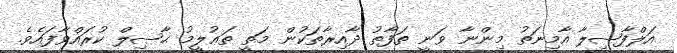
އަލްފާޟިލާ އާމިނަތު މިންނާ ވަނީ ތަފާތު ދާއިރާތަކުން މަތީ ތަޢުލީމު ޙާޞިލް ކުރައްވާފައެވެ.